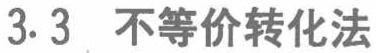
3.3 不等价转化法